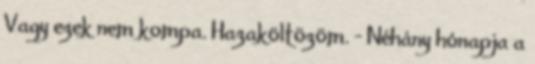
Vagy ezek nem kompa. Hazaköltözöm. - Néhány hónapja a